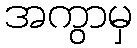
အကွာမှ